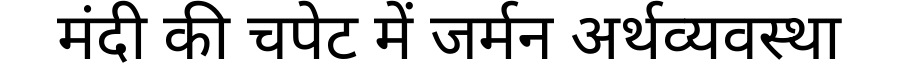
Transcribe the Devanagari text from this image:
मंदी की चपेट में जर्मन अर्थव्यवस्था